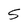
Character: 5